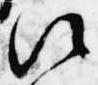
次